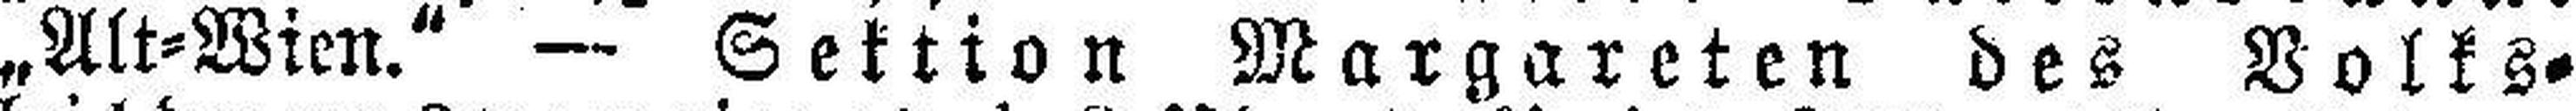
„Alt=Wien." — Sektion Margareten des Volks-